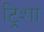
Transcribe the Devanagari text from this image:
ट्रिशा